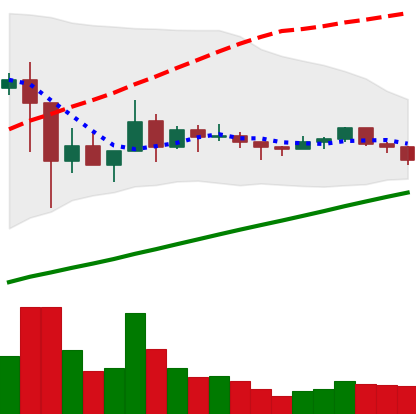
Ticker: XLM-USD
Chart end date: 2021-03-12
Forward return: 4.35%
Label: up_3_5